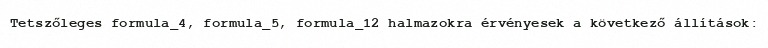
Tetszőleges formula_4, formula_5, formula_12 halmazokra érvényesek a következő állítások: